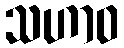
သဟာဝ